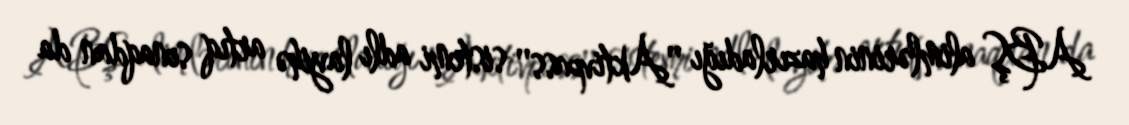
ABŞ alimlərinin hazırladığı ''Aktivpass'' sistemi adlı layihə artıq sınaqdan da